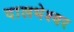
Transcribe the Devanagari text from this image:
दालभेश्वर